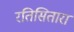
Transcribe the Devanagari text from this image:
रतिसितारा